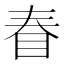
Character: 𰥖